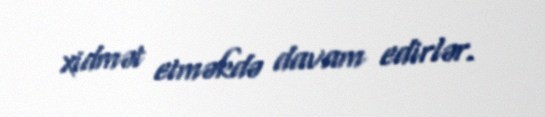
xidmət etməkdə davam edirlər.